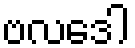
ဗလဒေါ